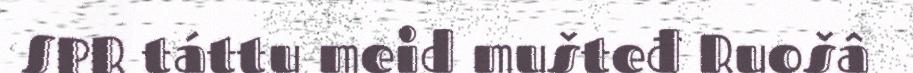
SPR táttu meid mušteđ Ruošâ